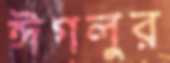
ঈগলুর